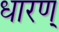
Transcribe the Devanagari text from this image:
धारण्